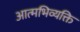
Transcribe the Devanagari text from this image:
आत्मभिव्यक्ति